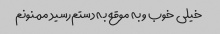
خیلی خوب و به موقع به دستم‌رسید ممنونم